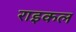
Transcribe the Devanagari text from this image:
राइकल